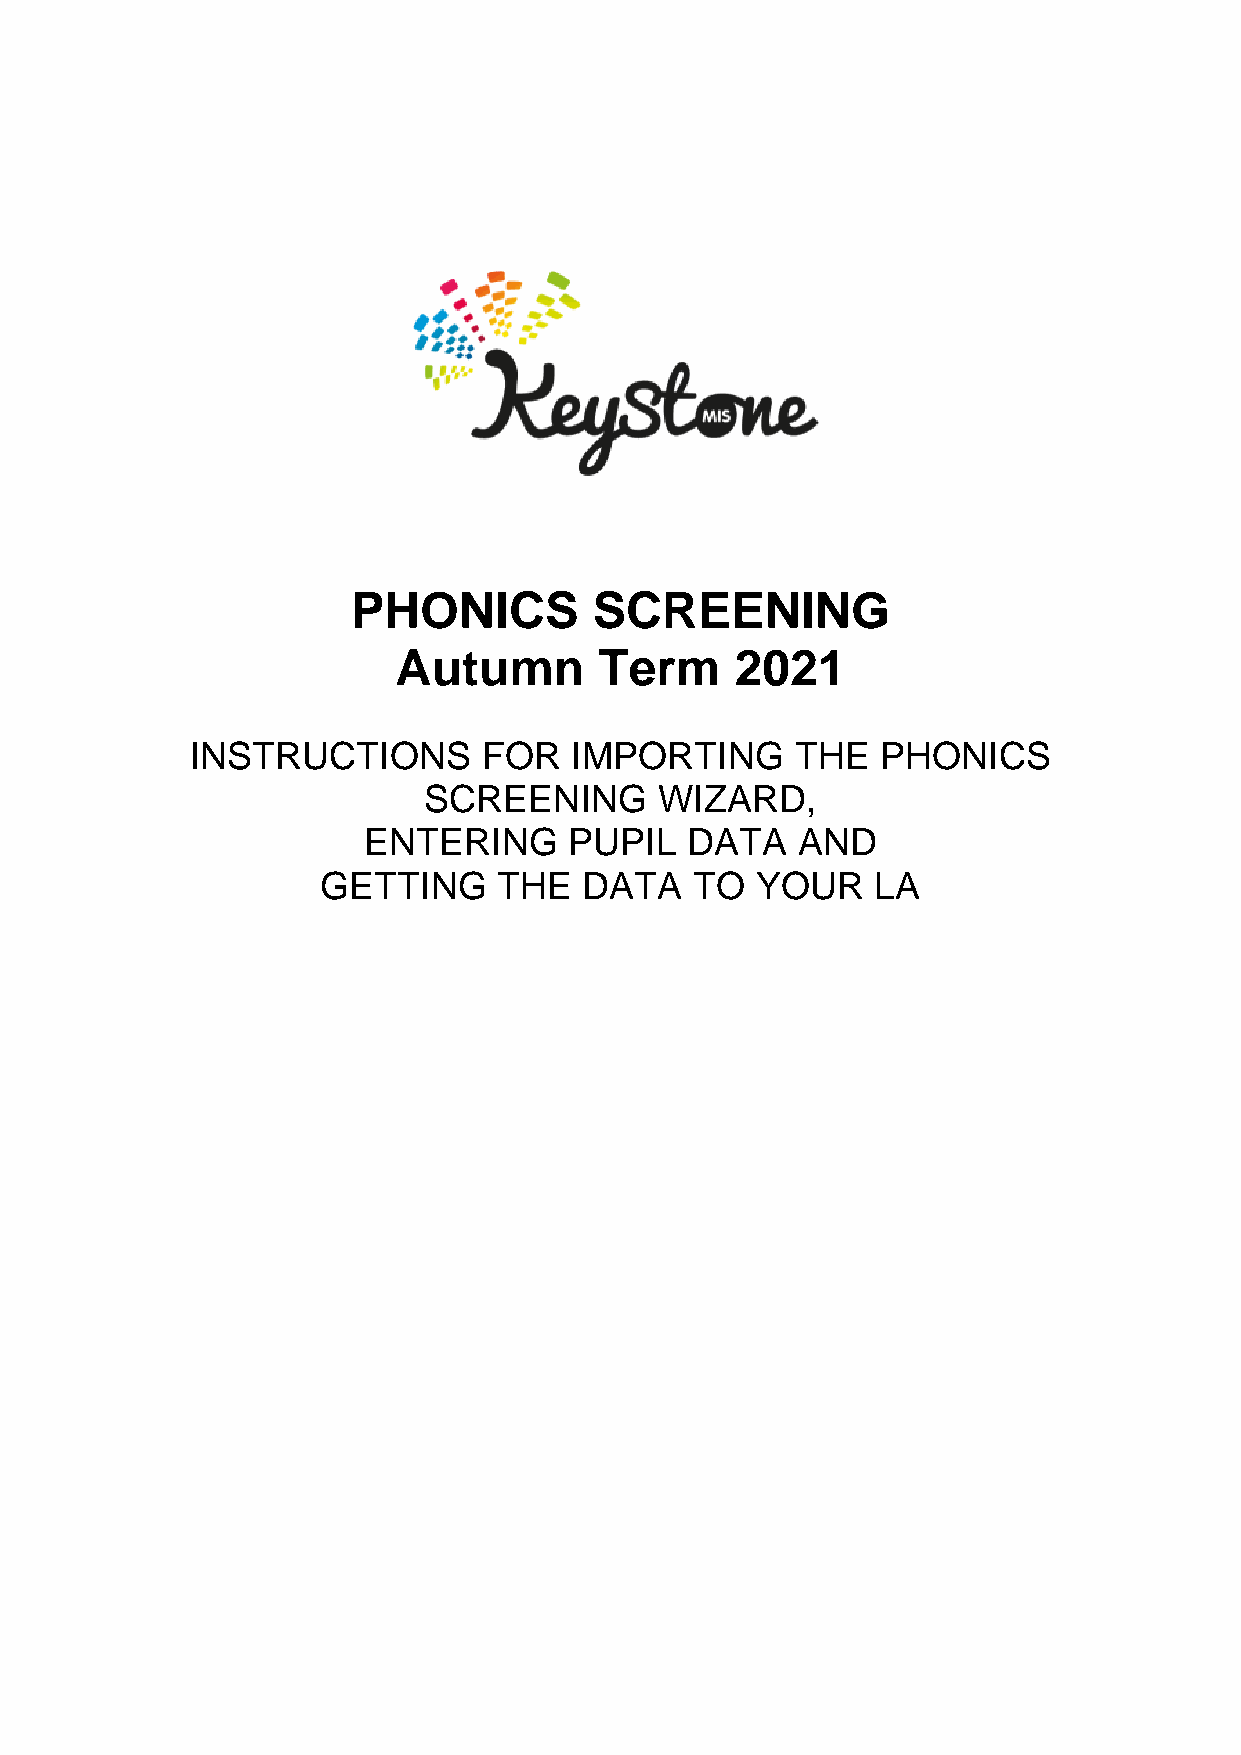
PHONICS         SCREENING
 Autumn        Term     2021
 INSTRUCTIONS       FOR   IMPORTING      THE  PHONICS
 SCREENING       WIZARD,
 ENTERING      PUPIL  DATA    AND
 GETTING     THE   DATA   TO  YOUR    LA